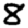
Digit: 8